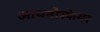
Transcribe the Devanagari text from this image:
आयनोस्फेयर